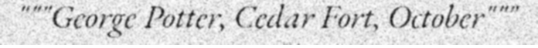
"""George Potter, Cedar Fort, October"""